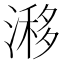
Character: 𣻗